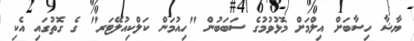
ޔާޝާ ހިސާބަށް އިލްމަށް މޮޅުވުމުގެ ސަބަބުން "ހިއުމަން ކަލްކިއުލޭޓަރ" ގެ ގޮތުގައި އެކި